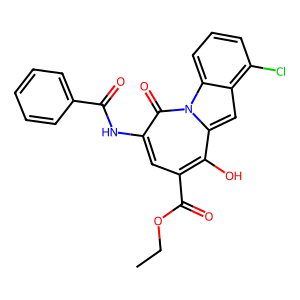
SMILES: CCOC(=O)c1cc(NC(=O)c2ccccc2)c(=O)n2c(cc3c(Cl)cccc32)c1O
Inhibits HIV replication: No